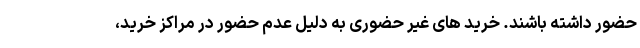
حضور داشته باشند. خرید های غیر حضوری به دلیل عدم حضور در مراکز خرید،